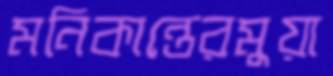
মনিকান্তেরমুয়া